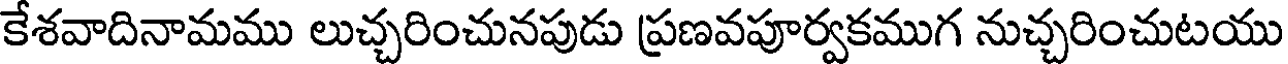
కేశవాదినామము లుచ్చరించునపుడు ప్రణవపూర్వకముగ నుచ్చరించుటయు